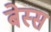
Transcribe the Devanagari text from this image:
बेस्स